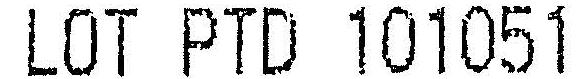
LOT PTD 101051